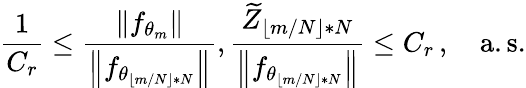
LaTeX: \frac{1}{C_{r}}\leq\frac{\| f_{\theta_{m}}\| }{\left\| f_{\theta_{\lfloor m/N\rfloor*N}}\right\| },\frac{\widetilde{Z}_{\lfloor m/N\rfloor*N}}{\left\| f_{\theta_{\lfloor m/N\rfloor*N}}\right\| }\leq C_{r}\, ,\quad\mathrm{a.s.}